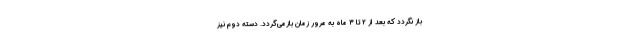
باز نگردد که بعد از ۲ تا ۳ ماه به مرور زمان بازمی‌گردد. دسته دوم نیز